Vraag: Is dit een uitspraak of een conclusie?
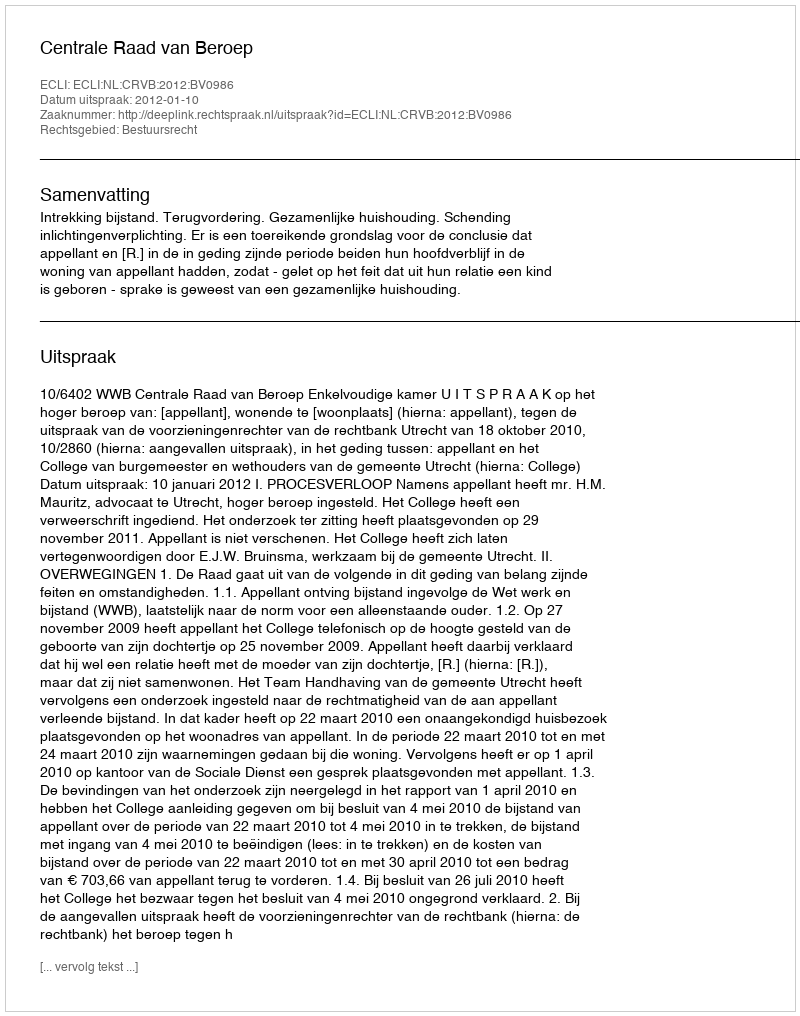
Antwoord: Uitspraak